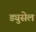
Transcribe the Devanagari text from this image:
ड्युसेल